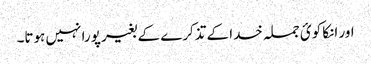
اور انکا کوئ جملہ خدا کے تذکرے کے بغیر پورا نہیں ہوتا۔